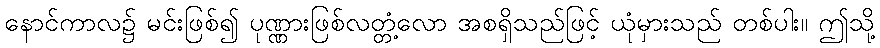
နောင်ကာလ၌ မင်းဖြစ်၍ ပုဏ္ဏားဖြစ်လတ္တံ့လော အစရှိသည်ဖြင့် ယုံမှားသည် တစ်ပါး။ ဤသို့